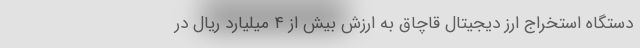
دستگاه استخراج ارز دیجیتال قاچاق به ارزش بیش از ۴ میلیارد ریال در